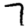
Digit: 7